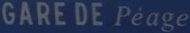
GARE DE Pèage